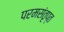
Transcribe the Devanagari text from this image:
परमसंतृप्त